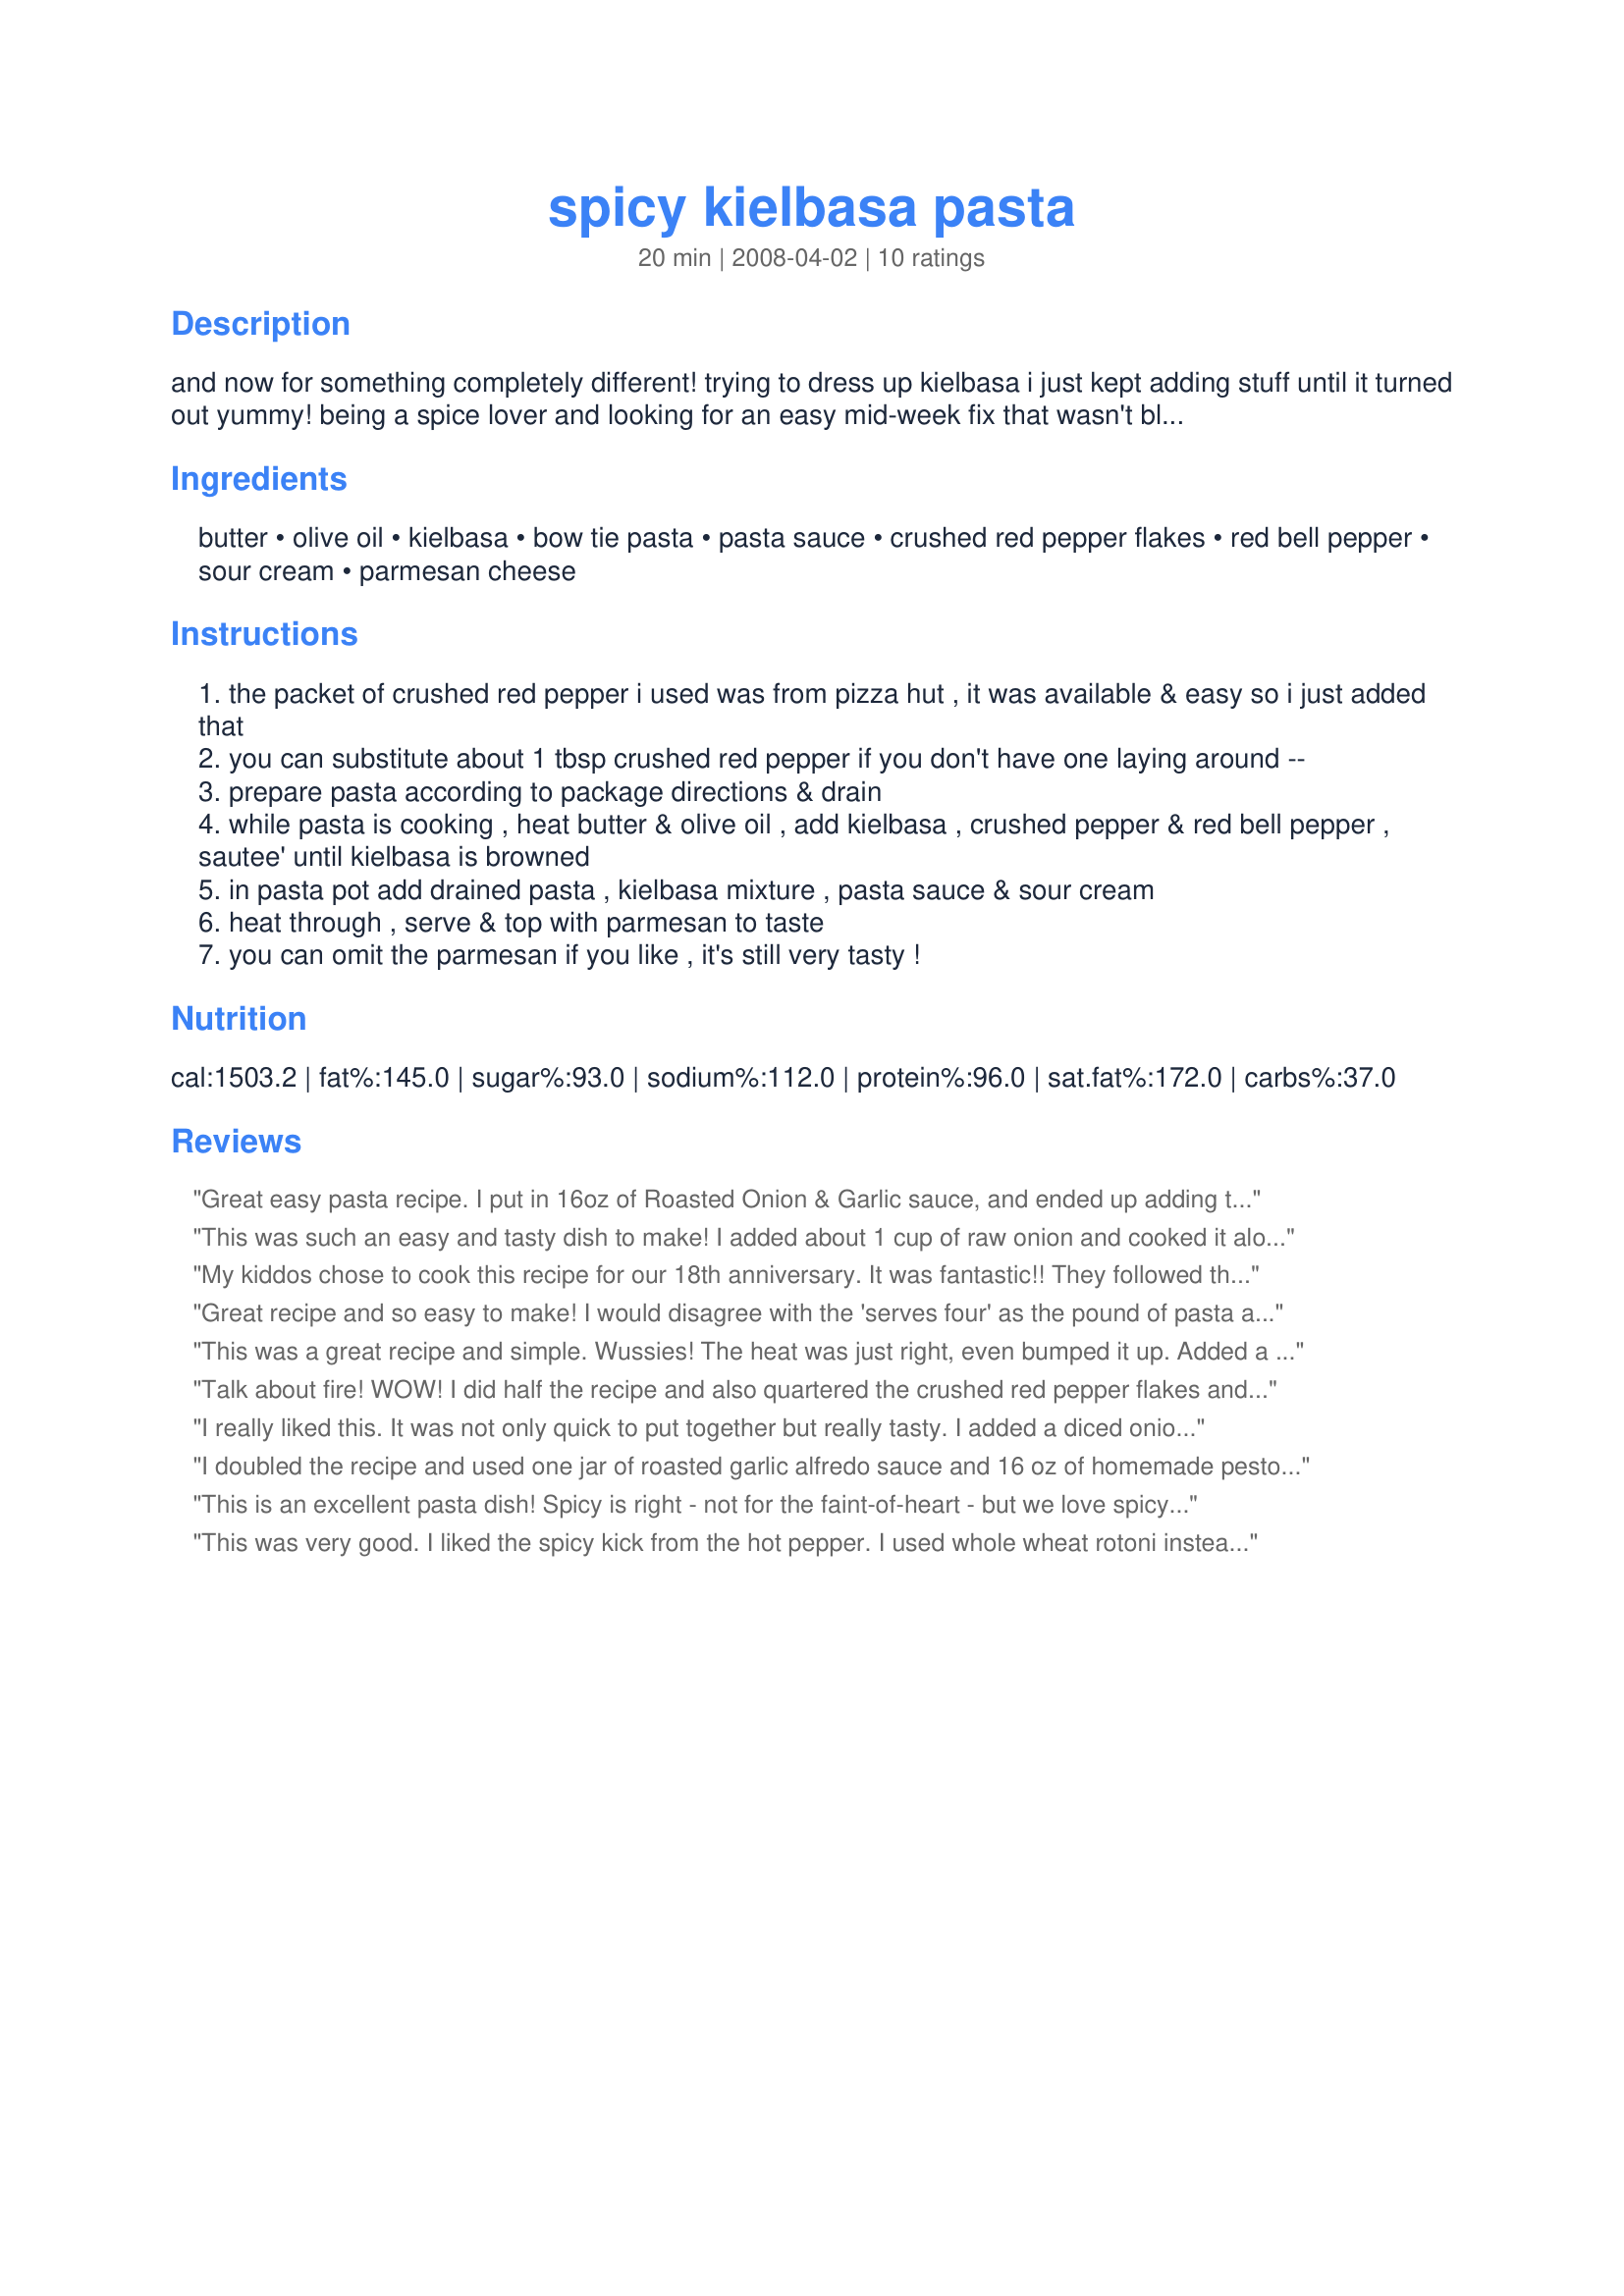
spicy kielbasa pasta
Preparation time: 20 minutes

and now for something completely different! trying to dress up kielbasa i just kept adding stuff until it turned out yummy! being a spice lover and looking for an easy mid-week fix that wasn't bland this worked out wonderfully! this is so rich & creamy it's perfect on a cold evening, so easy, so different, so yummy! i hope you enjoy!

Ingredients:
butter, olive oil, kielbasa, bow tie pasta, pasta sauce, crushed red pepper flakes, red bell pepper, sour cream, parmesan cheese

Steps:
the packet of crushed red pepper i used was from pizza hut , it was available & easy so i just added that
you can substitute about 1 tbsp crushed red pepper if you don't have one laying around --
prepare pasta according to package directions & drain
while pasta is cooking , heat butter & olive oil , add kielbasa , crushed pepper & red bell pepper , sautee' until kielbasa is browned
in pasta pot add drained pasta , kielbasa mixture , pasta sauce & sour cream
heat through , serve & top with parmesan to taste
you can omit the parmesan if you like , it's still very tasty !

Reviews:
Great easy pasta recipe. I put in 16oz of Roasted Onion & Garlic sauce, and ended up adding the full 24 oz. I think the bolder flavors in the sauce really helped add to this dish. I waited 5 minutes to add the red pepper and added peas like another reviewer suggested and they were great. Thanks for the keeper Babychops!
This was such an easy and tasty dish to make! I added about 1 cup of raw onion and cooked it along with the peppers and meat. I didn't see the comment about adding peas until after I had it done but it sounds like a great addition. Thanks for posting!
My kiddos chose to cook this recipe for our 18th anniversary. It was fantastic!! They followed the recipe using Prego Chunky Roasted Garlic sauce, 1 TBS crushed red pepper flakes and topped with Parm-Reggiano. The addition of white or yellow onion would be wonderful for texture. This would work well with shrimp too.
Great recipe and so easy to make! I would disagree with the 'serves four' as the pound of pasta alone surely serves more like 6. Very tasty and I added a bit of green - peas in the last step of mixing it all together. Thank you for the idea!
This was a great recipe and simple. Wussies! The heat was just right, even bumped it up. Added a little bit of minced garlic, onion and fresh parsley. Next time I will wait a few minutes before adding the red bell pepper to the kielbasa it cooked too long and was a bit soggy.
Talk about fire! WOW! I did half the recipe and also quartered the crushed red pepper flakes and it was still quite spicy! Wowsa! I will start with maybe 1/4-1/2 tsp next time and go from there. Thanks, Babychops!
I really liked this. It was not only quick to put together but really tasty. I added a diced onion along with the bell pepper. I used rigatoni pasta. This made a lot of pasta!
I doubled the recipe and used one jar of roasted garlic alfredo sauce and 16 oz of homemade pesto instead of the normal red sauce. It was delicious!
This is an excellent pasta dish! Spicy is right - not for the faint-of-heart - but we love spicy so it was a hit for us! I would not have thought to use sour cream with the pasta sauce but it really worked. I think this dish would also be great if you replaced the keilbasa with additional veggies. This was a great creation - thanks for posting!
This was very good. I liked the spicy kick from the hot pepper. I used whole wheat rotoni instead of bowties and turkey keilbasa. Made for PAC Fall 2008
